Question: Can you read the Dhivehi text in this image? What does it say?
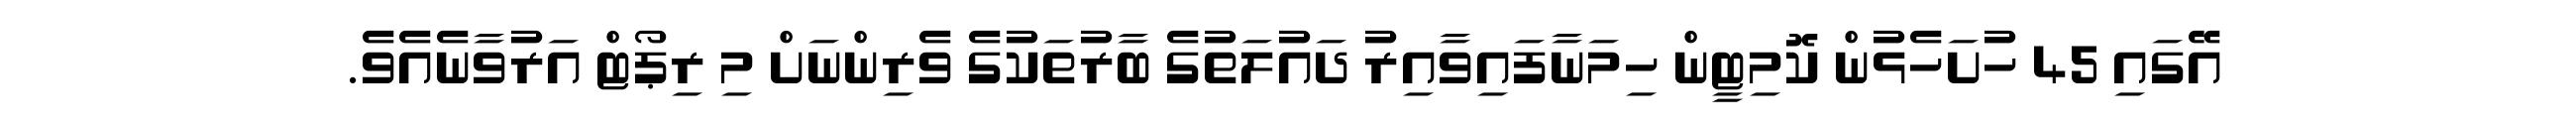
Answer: އޭގައި 45 ހުށަހެޅުން ކޮމިޓީން ހިމަނާފައިވާއިރު ދައުލަތުގެ ބާރުތަކުގެ ވެރިންނަށް މި ރިޕޯޓް އަރުވާނެއެވެ.